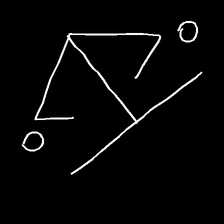
Glyph: earth